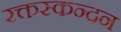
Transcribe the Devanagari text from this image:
रक्तस्कन्दन